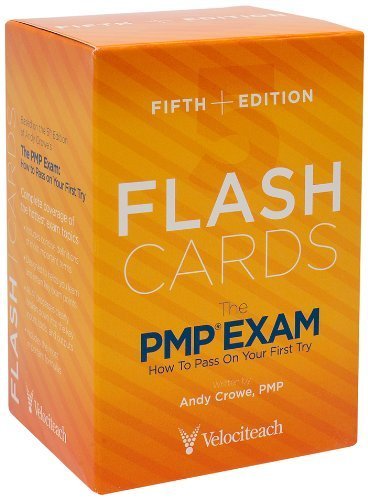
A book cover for The PMP Exam: Flash Cards, Fifth Edition (Test Prep series) by Crowe PMP PgMP, Andy (2013) Cards; Test Preparation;